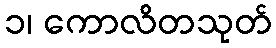
၁၊ ကောလိတသုတ်